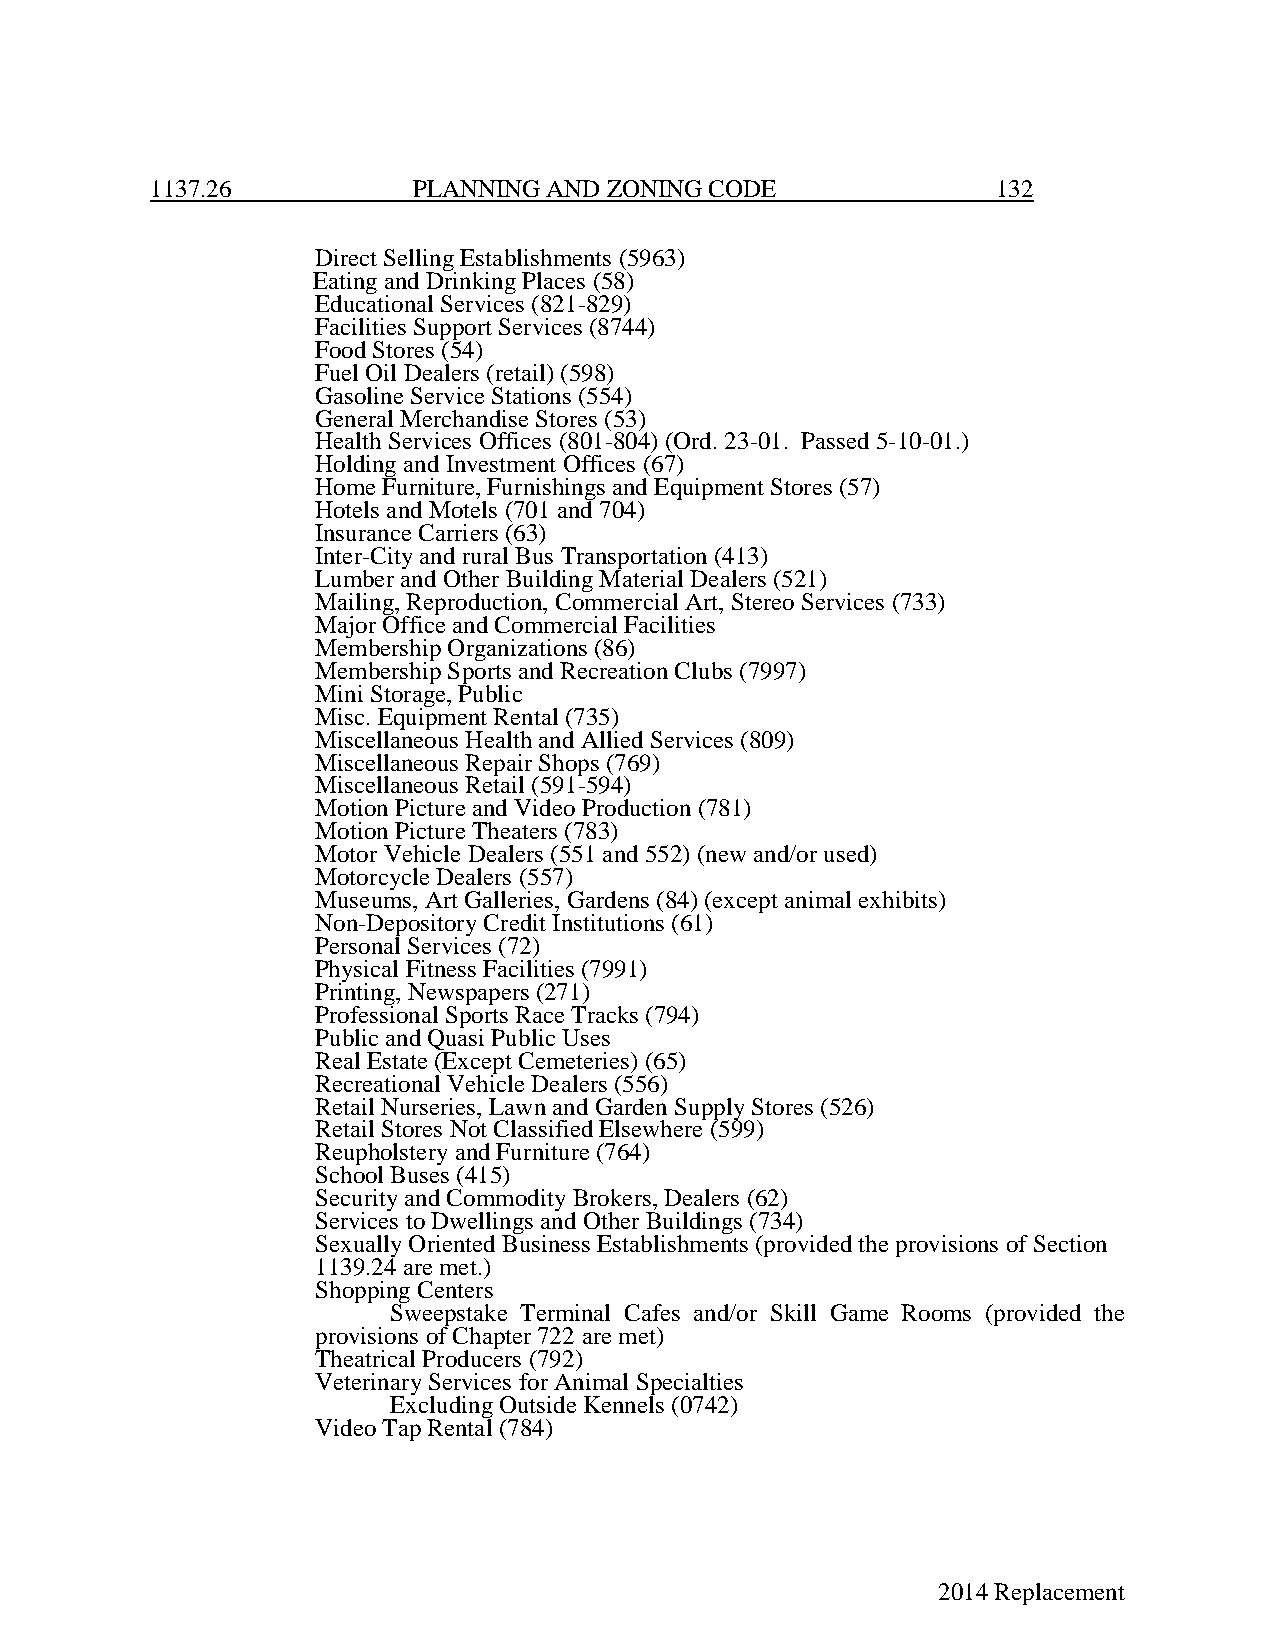
1137.26          PLANNING AND ZONING CODE               132
 Direct Selling Establishments (5963)
 Eating and Drinking Places (58)
 Educational Services (821-829)
 Facilities Support Services (8744)
 Food Stores (54)
 Fuel Oil Dealers (retail) (598)
 Gasoline Service Stations (554)
 General Merchandise Stores (53)
 Health Services Offices (801-804) (Ord. 23-01. Passed 5-10-01.)
 Holding and Investment Offices (67)
 Home Furniture, Furnishings and Equipment Stores (57)
 Hotels and Motels (701 and 704)
 Insurance Carriers (63)
 Inter-City and rural Bus Transportation (413)
 Lumber and Other Building Material Dealers (521)
 Mailing, Reproduction, Commercial Art, Stereo Services (733)
 Major Office and Commercial Facilities
 Membership Organizations (86)
 Membership Sports and Recreation Clubs (7997)
 Mini Storage, Public
 Misc. Equipment Rental (735)
 Miscellaneous Health and Allied Services (809)
 Miscellaneous Repair Shops (769)
 Miscellaneous Retail (591-594)
 Motion Picture and Video Production (781)
 Motion Picture Theaters (783)
 Motor Vehicle Dealers (551 and 552) (new and/or used)
 Motorcycle Dealers (557)
 Museums, Art Galleries, Gardens (84) (except animal exhibits)
 Non-Depository Credit Institutions (61)
 Personal Services (72)
 Physical Fitness Facilities (7991)
 Printing, Newspapers (271)
 Professional Sports Race Tracks (794)
 Public and Quasi Public Uses
 Real Estate (Except Cemeteries) (65)
 Recreational Vehicle Dealers (556)
 Retail Nurseries, Lawn and Garden Supply Stores (526)
 Retail Stores Not Classified Elsewhere (599)
 Reupholstery and Furniture (764)
 School Buses (415)
 Security and Commodity Brokers, Dealers (62)
 Services to Dwellings and Other Buildings (734)
 Sexually Oriented Business Establishments (provided the provisions of Section
 1139.24 are met.)
 Shopping Centers
 Sweepstake Terminal Cafes and/or Skill Game Rooms (provided the
 provisions of Chapter 722 are met)
 Theatrical Producers (792)
 Veterinary Services for Animal Specialties
 Excluding Outside Kennels (0742)
 Video Tap Rental (784)
 2014 Replacement